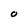
Character: O